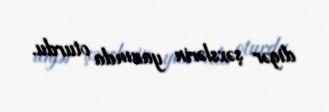
digər şəxslərin yanında oturdu.